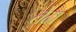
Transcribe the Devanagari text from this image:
तेढा